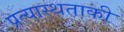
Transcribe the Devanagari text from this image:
प्रत्यास्थताकी